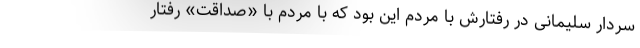
سردار سلیمانی در رفتارش با مردم این بود که با مردم با «صداقت» رفتار